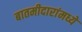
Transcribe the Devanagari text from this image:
बातमीदारांमध्ये